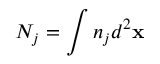
N _ { j } = \int n _ { j } d ^ { 2 } \mathbf { x }